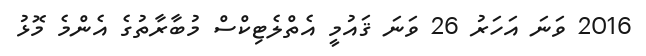
2016 ވަނަ އަހަރު 26 ވަނަ ޤައުމީ އެތްލެޓިކްސް މުބާރާތުގެ އެންމެ މޮޅު